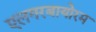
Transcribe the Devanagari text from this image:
एलगरबायोरम